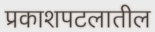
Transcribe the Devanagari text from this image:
प्रकाशपटलातील